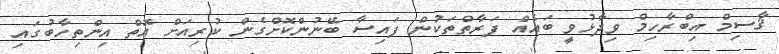
ޤާސިމް އިބްރާހިމް ވިދާޅުވީ ބައެއް ފަރާތްތަކުން ފައިސާ ބޭނުންކޮށްގެން ކުރިއަށް އޮތް އިންތިހާބުގައި